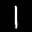
Label: 1